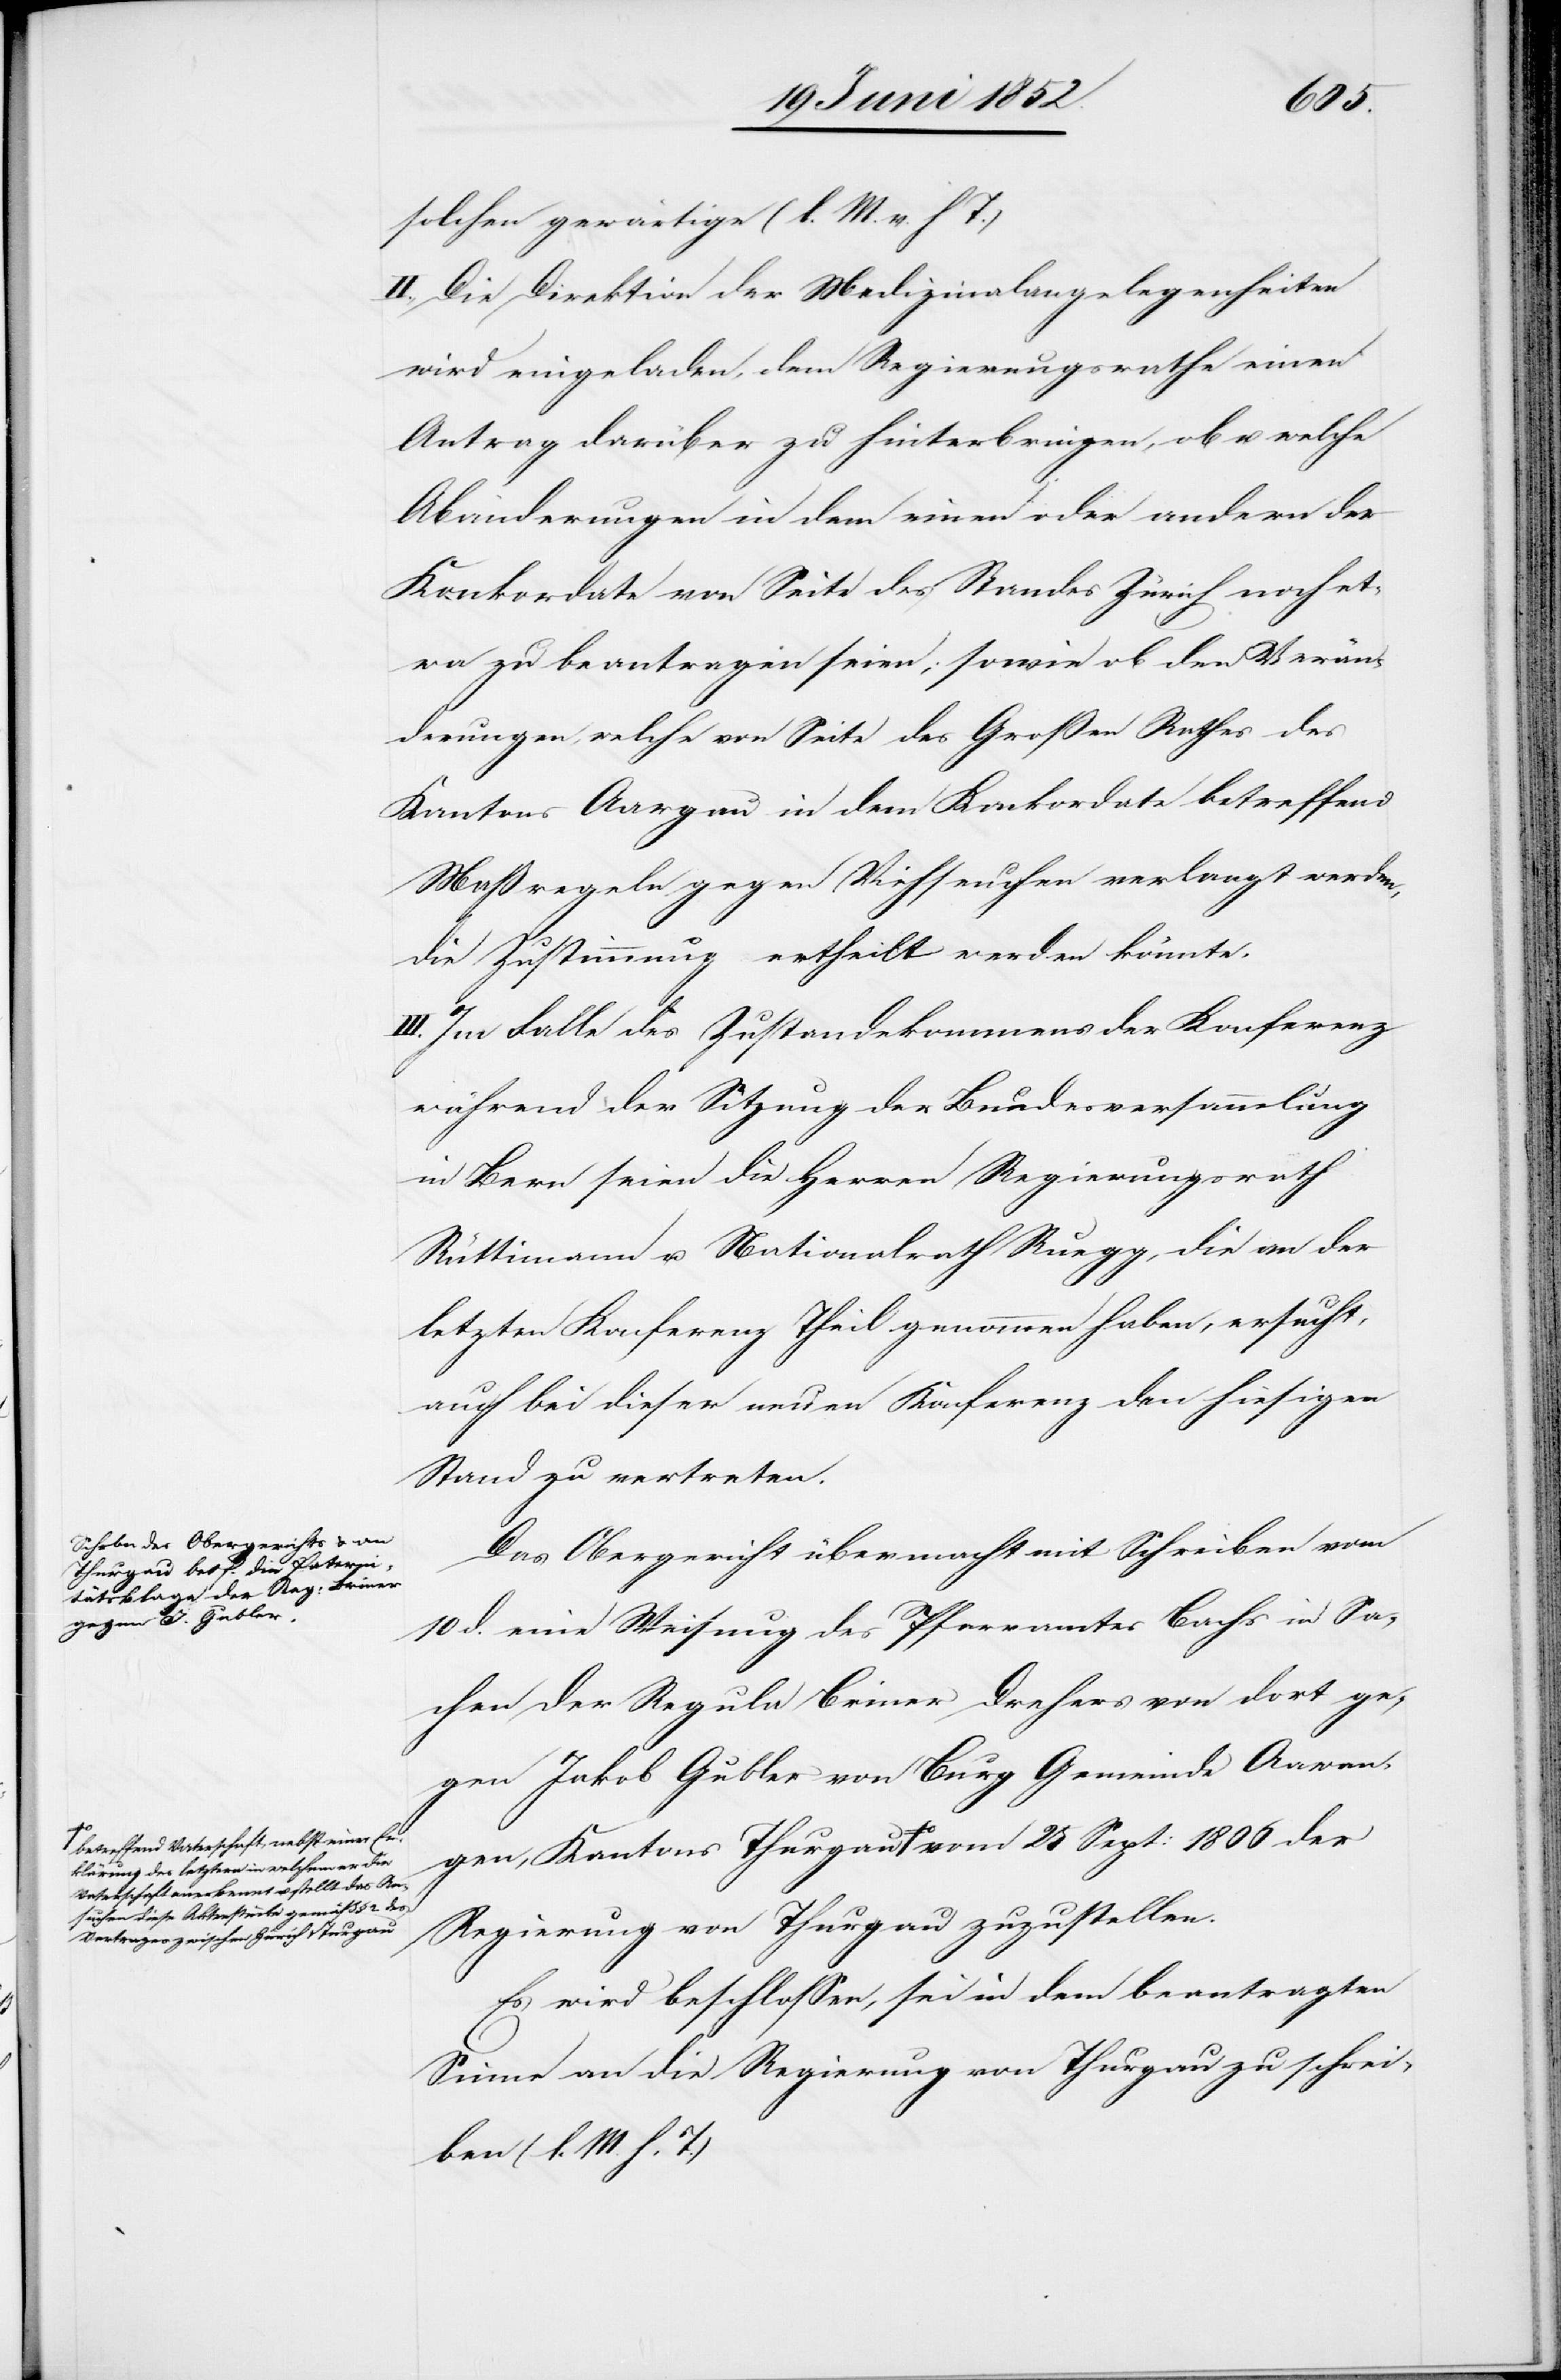
Thurgau a-betreffend Vaters¬
lärung des letztern in welchem [sic!] er die
Vaterschaft anerkennt u. stellt das An¬
suchen diese Aktenstücke gemäß § 2. des
Vertrages zwischen Zürich & Thurgau-a

1806
solchen gewärtige (l. M. v. h T.)
II., Die Direktion der Medizinalangelegenheiten
wird eingeladen, dem Regierungsrathe einen
Antrag darüber zu hinterbringen, ob u. welche
Abänderungen in dem einen oder andern der
Konkordate von Seite des Standes Zürich noch et¬
wa zu beantragen seien; sowie ob den Verän¬
derungen, welche von Seite des Großen Rathes des
Kantons Aargau in dem Konkordate betreffend
Maßregeln gegen Viehseuchen verlangt werden,
die Zustimmung ertheilt werden könnte.
III. Im Falle des Zustandekommens der Konferenz
während der Sitzung der Bundesversammlung
in Bern seien die Herren Regierungsrath
Rüttimann u. Nationalrath Ruegg, die an der
letzten Konferenz Theil genommen haben, ersucht,
auch bei dieser neuen Konferenz den hiesigen
Stand zu vertreten.
Das Obergericht übermacht mit Schreiben vom
10 d. eine Weisung des Pfarramtes Bachs in Sa¬
chen der Regula Briner Drehers von dort ge¬
gen Jakob Gubler von Burg Gemeinde Aawangen,
Regierung von Thurgau zuzustellen.
Es wird beschlossen, sei in dem beantragten
Sinne an die Regierung von Thurgau zu schrei¬
ben (l. M. h. T.)